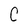
Character: C